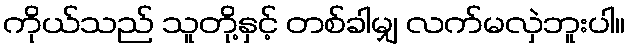
ကိုယ်သည် သူတို့နှင့် တစ်ခါမျှ လက်မလှဲဘူးပါ။